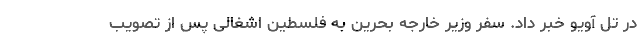
در تل آویو خبر داد. سفر وزیر خارجه بحرین به فلسطین اشغالی پس از تصویب